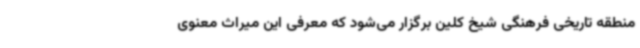
منطقه تاریخی فرهنگی شیخ کلین برگزار می‌شود که معرفی این میراث معنوی